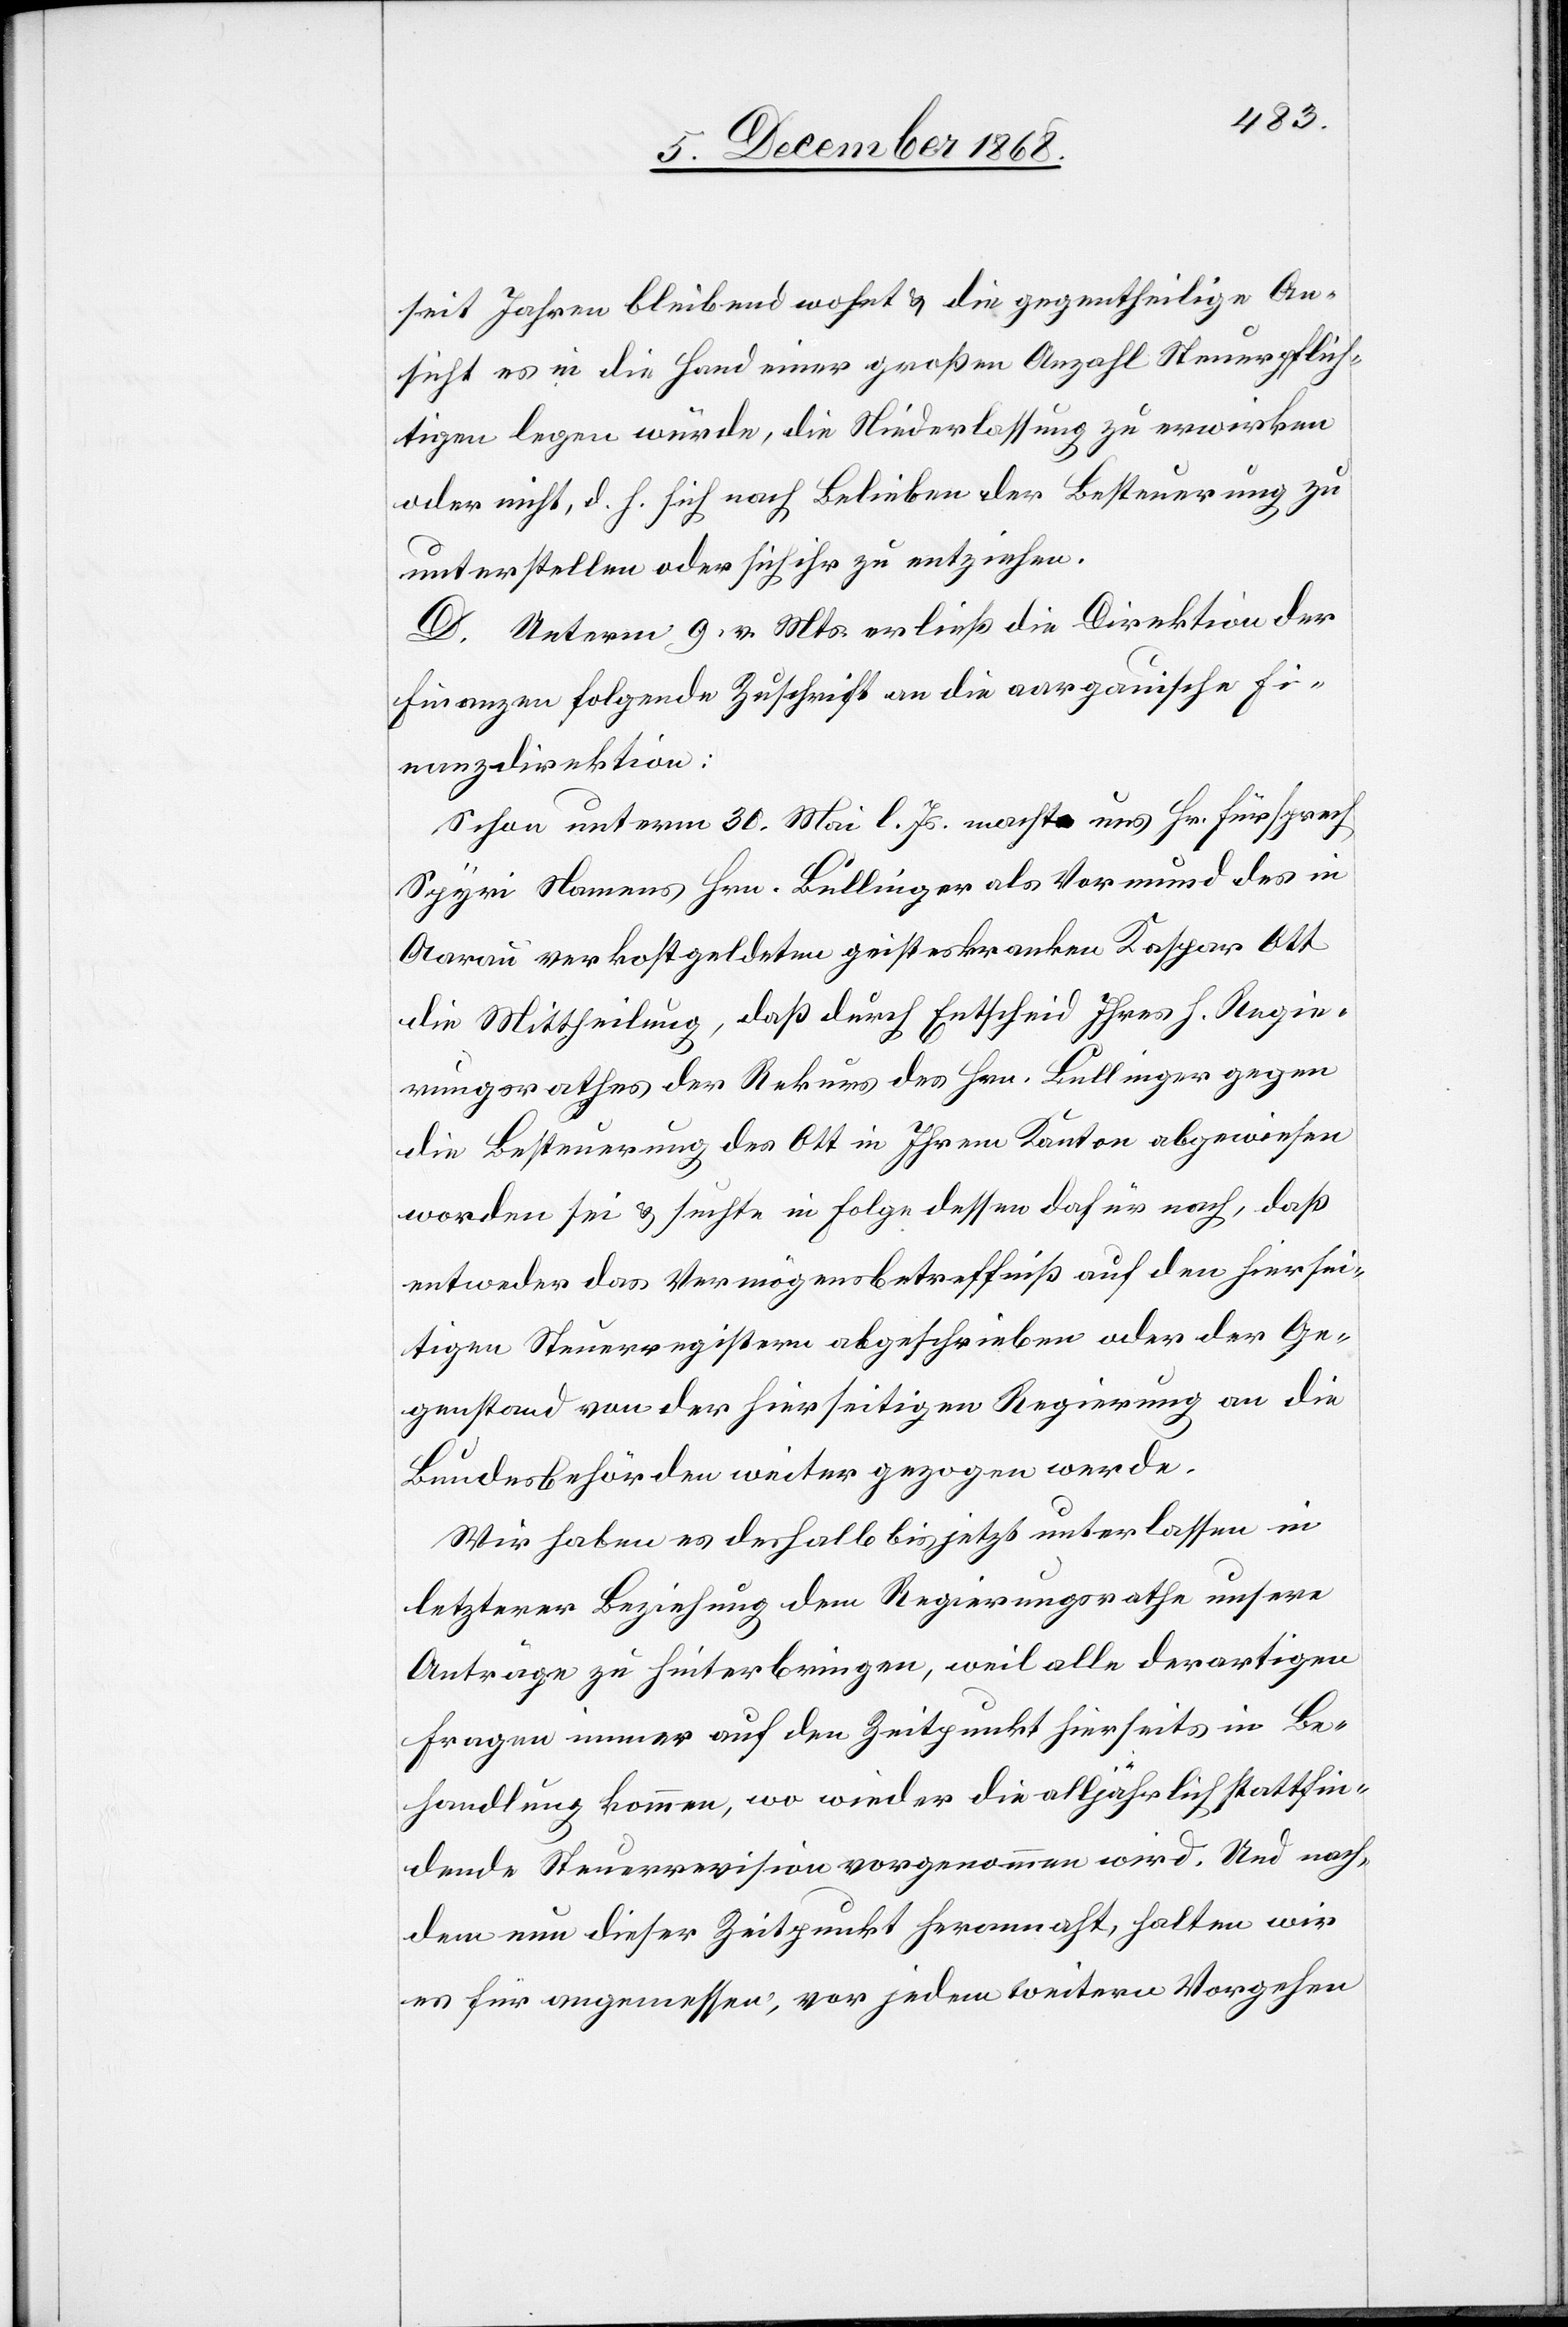
seit Jahren bleibend wohnt & die gegentheilige An¬
sicht es in die Hand einer großen Anzahl Steuerpflich¬
tigen legen würde, die Niederlassung zu erwirken
oder nicht, d. h. sich nach Belieben der Besteuerung zu
unterstellen oder sich ihr zu entziehen.
D. Unterm 9. v. Mts. erließ die Direktion der
Finanzen folgende Zuschrift an die aargauische Fi¬
nanzdirektion:
Schon unterm 30. Mai l. Js. machte uns Hr. Fürsprech
Spyri Namens Hrn. Bullinger als Vormund des in
Aarau verkostgeldeten geisteskranken Kaspar Ott
die Mittheilung, daß durch Entscheid Ihres h. Regie¬
rungsrathes der Rekurs des Hrn. Bullinger gegen
die Besteuerung des Ott in Ihrem Kanton abgewiesen
worden sei & suchte in Folge dessen dafür nach, daß
entweder das Vermögensbetreffniß auf den hiersei¬
tigen Steuerregistern abgeschrieben oder der Ge¬
genstand von der hierseitigen Regierung an die
Bundesbehörden weiter gezogen werde.
Wir haben es deshalb bis jetzt unterlassen in
letzterer Beziehung dem Regierungsrathe unsere
Anträge zu hinterbringen, weil alle derartigen
Fragen immer auf den Zeitpunkt hierseits in Be¬
handlung kommen, wo wieder die alljährlich stattfin¬
dende Steuerrevision vorgenommen wird. Und nach¬
dem nun dieser Zeitpunkt herannaht, halten wir
es für angemessen, vor jedem weitern Vorgehen